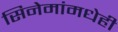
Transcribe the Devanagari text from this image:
सिनेमांमधेही